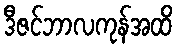
ဒီဇင်ဘာလကုန်အထိ